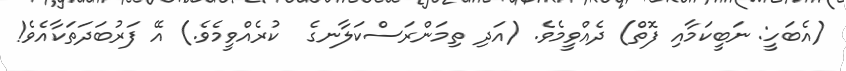
(އެބަހީ: ނަބީކަމާއި ފޮތް) ދެއްވީމެވެ. (އަދި ތިމަންރަސްކަލާނގެ  ކުރެއްވީމެވެ.) އޭ ފަރުބަދަތަކާއެވެ!